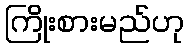
ကြိုးစားမည်ဟု